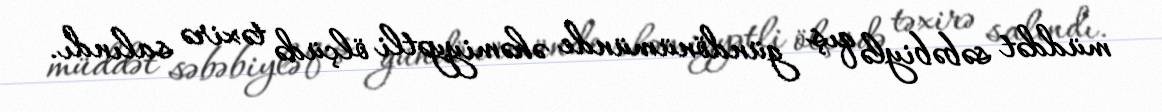
müddət səbəbiylə qış gündönümünde əhəmiyyətli ölçüdə təxirə salındı.